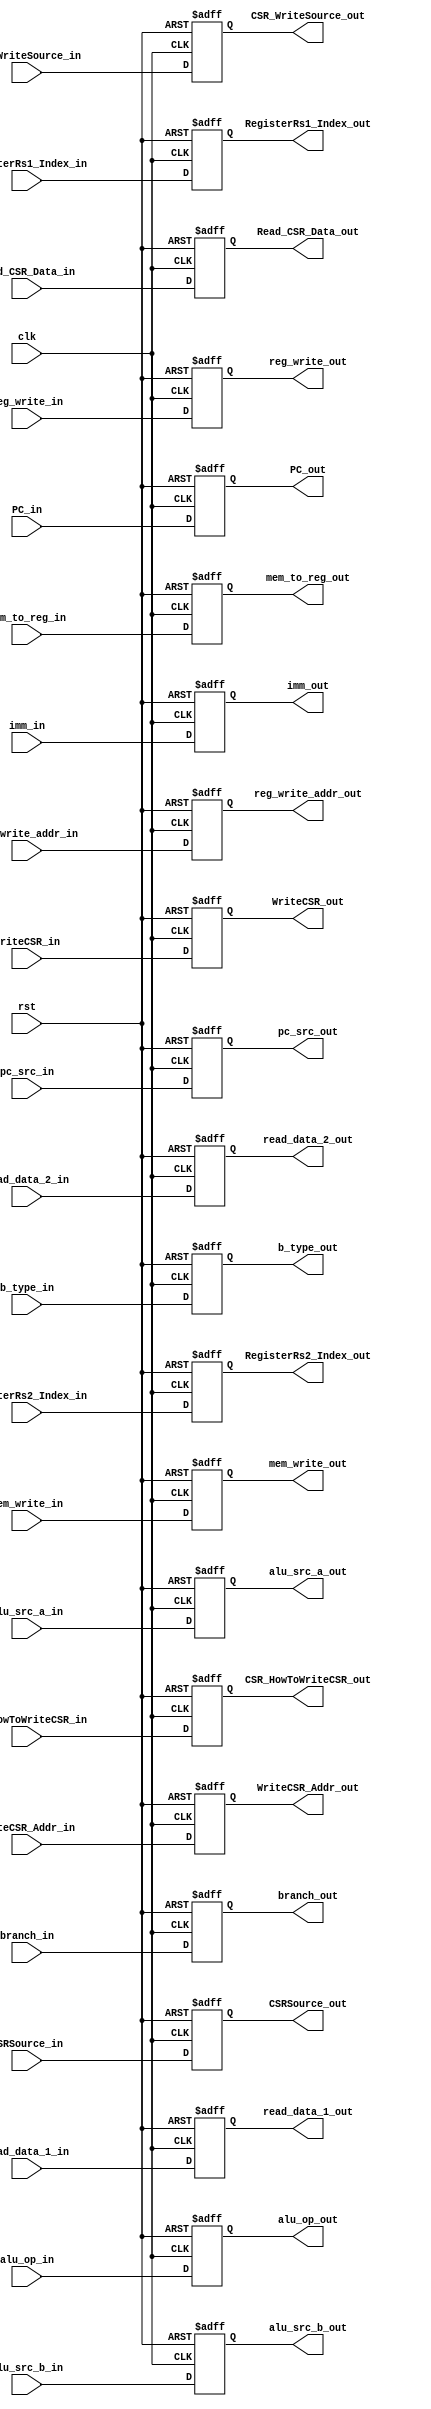
`timescale 1ns / 1ps
//////////////////////////////////////////////////////////////////////////////////
// Company: 
// Engineer: 
// 
// Design Name: 
// Module Name: ID_EX
// Project Name: 
// Target Devices: 
// Tool Versions: 
// Description: 
// 
// Dependencies: 
// 
// Revision:
// Revision 0.01 - File Created
// Additional Comments:
// 
//////////////////////////////////////////////////////////////////////////////////


module ID_EX(
input clk,
input rst,
input [31:0] PC_in,
input [31:0] imm_in,
input [31:0] read_data_1_in,
input [31:0] read_data_2_in,
input [1:0] pc_src_in,
input reg_write_in,
input alu_src_b_in,
input alu_src_a_in,
input [3:0] alu_op_in,
input [1:0] mem_to_reg_in,
input mem_write_in,
input branch_in,
input [2:0] b_type_in,
input [4:0] reg_write_addr_in,
input [4:0] RegisterRs1_Index_in,
input [4:0] RegisterRs2_Index_in,
input CSRSource_in,
input [31:0] Read_CSR_Data_in,
input [11:0] WriteCSR_Addr_in,
input WriteCSR_in,
input [1:0] CSR_WriteSource_in,
input [1:0] CSR_HowToWriteCSR_in,
output [31:0] PC_out,
output [31:0] imm_out,
output [31:0] read_data_1_out,
output [31:0] read_data_2_out,
output [1:0] pc_src_out,
output reg_write_out,
output alu_src_b_out,
output alu_src_a_out,
output [3:0] alu_op_out,
output [1:0] mem_to_reg_out,
output mem_write_out,
output branch_out,
output [2:0] b_type_out,
output [4:0] reg_write_addr_out,
output [4:0] RegisterRs1_Index_out,
output [4:0] RegisterRs2_Index_out,
output CSRSource_out,
output [31:0] Read_CSR_Data_out,
output [11:0] WriteCSR_Addr_out,
output WriteCSR_out,
output [1:0] CSR_WriteSource_out,
output [1:0] CSR_HowToWriteCSR_out
    );

reg [11:0] WriteCSR_Addr;
reg [31:0] PC, imm, read_data_1, read_data_2, Read_CSR_Data;
reg alu_src_b, alu_src_a, reg_write, mem_write, branch, CSRSource, WriteCSR;
reg [1:0] pc_src, mem_to_reg, CSR_WriteSource, CSR_HowToWriteCSR;
reg [2:0] b_type;
reg [3:0] alu_op;
reg [4:0] reg_write_addr, RegisterRs1_Index, RegisterRs2_Index;

always @ (posedge clk or posedge rst)   
begin
    if(rst)
    begin
        PC <= 32'b0;
        imm <= 32'b0;
        read_data_1 <= 32'b0;
        read_data_2 <= 32'b0;
        alu_src_b <= 1'b0;
        alu_src_a <= 1'b0;
        reg_write <= 1'b0;
        mem_write <= 1'b0;
        branch <= 1'b0;
        b_type <= 3'b0;
        pc_src <= 2'b0;
        mem_to_reg <= 2'b0;
        alu_op <= 4'b0;
        reg_write_addr <= 5'b0;
        RegisterRs1_Index <= 5'b0;
        RegisterRs2_Index <= 5'b0;
        CSRSource <= 1'b0;
        Read_CSR_Data <= 32'b0;
        WriteCSR_Addr <= 12'b0;
        WriteCSR <= 1'b0;
        CSR_WriteSource <= 2'b0;
        CSR_HowToWriteCSR <= 2'b0;
    end
    
    else
    begin
        PC <= PC_in;
        imm <= imm_in;
        read_data_1 <= read_data_1_in;
        read_data_2 <= read_data_2_in;
        alu_src_b <= alu_src_b_in;
        alu_src_a <= alu_src_a_in;
        reg_write <= reg_write_in;
        mem_write <= mem_write_in;
        branch <= branch_in;
        b_type <= b_type_in;
        pc_src <= pc_src_in;
        mem_to_reg <= mem_to_reg_in;
        alu_op <= alu_op_in;
        reg_write_addr <= reg_write_addr_in;
        RegisterRs1_Index <= RegisterRs1_Index_in;
        RegisterRs2_Index <= RegisterRs2_Index_in;
        CSRSource <= CSRSource_in;
        Read_CSR_Data <= Read_CSR_Data_in;
        WriteCSR_Addr <= WriteCSR_Addr_in;
        WriteCSR <= WriteCSR_in;
        CSR_WriteSource <= CSR_WriteSource_in;
        CSR_HowToWriteCSR <= CSR_HowToWriteCSR_in;
    end
end

assign PC_out = PC;
assign imm_out = imm;
assign read_data_1_out = read_data_1;
assign read_data_2_out = read_data_2;
assign alu_src_b_out = alu_src_b;
assign alu_src_a_out = alu_src_a;
assign reg_write_out = reg_write;
assign mem_write_out = mem_write;
assign branch_out = branch;
assign b_type_out = b_type;
assign pc_src_out = pc_src;
assign mem_to_reg_out = mem_to_reg;
assign alu_op_out = alu_op;
assign reg_write_addr_out = reg_write_addr;
assign RegisterRs1_Index_out = RegisterRs1_Index;
assign RegisterRs2_Index_out = RegisterRs2_Index;
assign CSRSource_out = CSRSource;
assign Read_CSR_Data_out = Read_CSR_Data;
assign WriteCSR_Addr_out = WriteCSR_Addr;
assign WriteCSR_out = WriteCSR;
assign CSR_WriteSource_out = CSR_WriteSource;
assign CSR_HowToWriteCSR_out = CSR_HowToWriteCSR;
endmodule